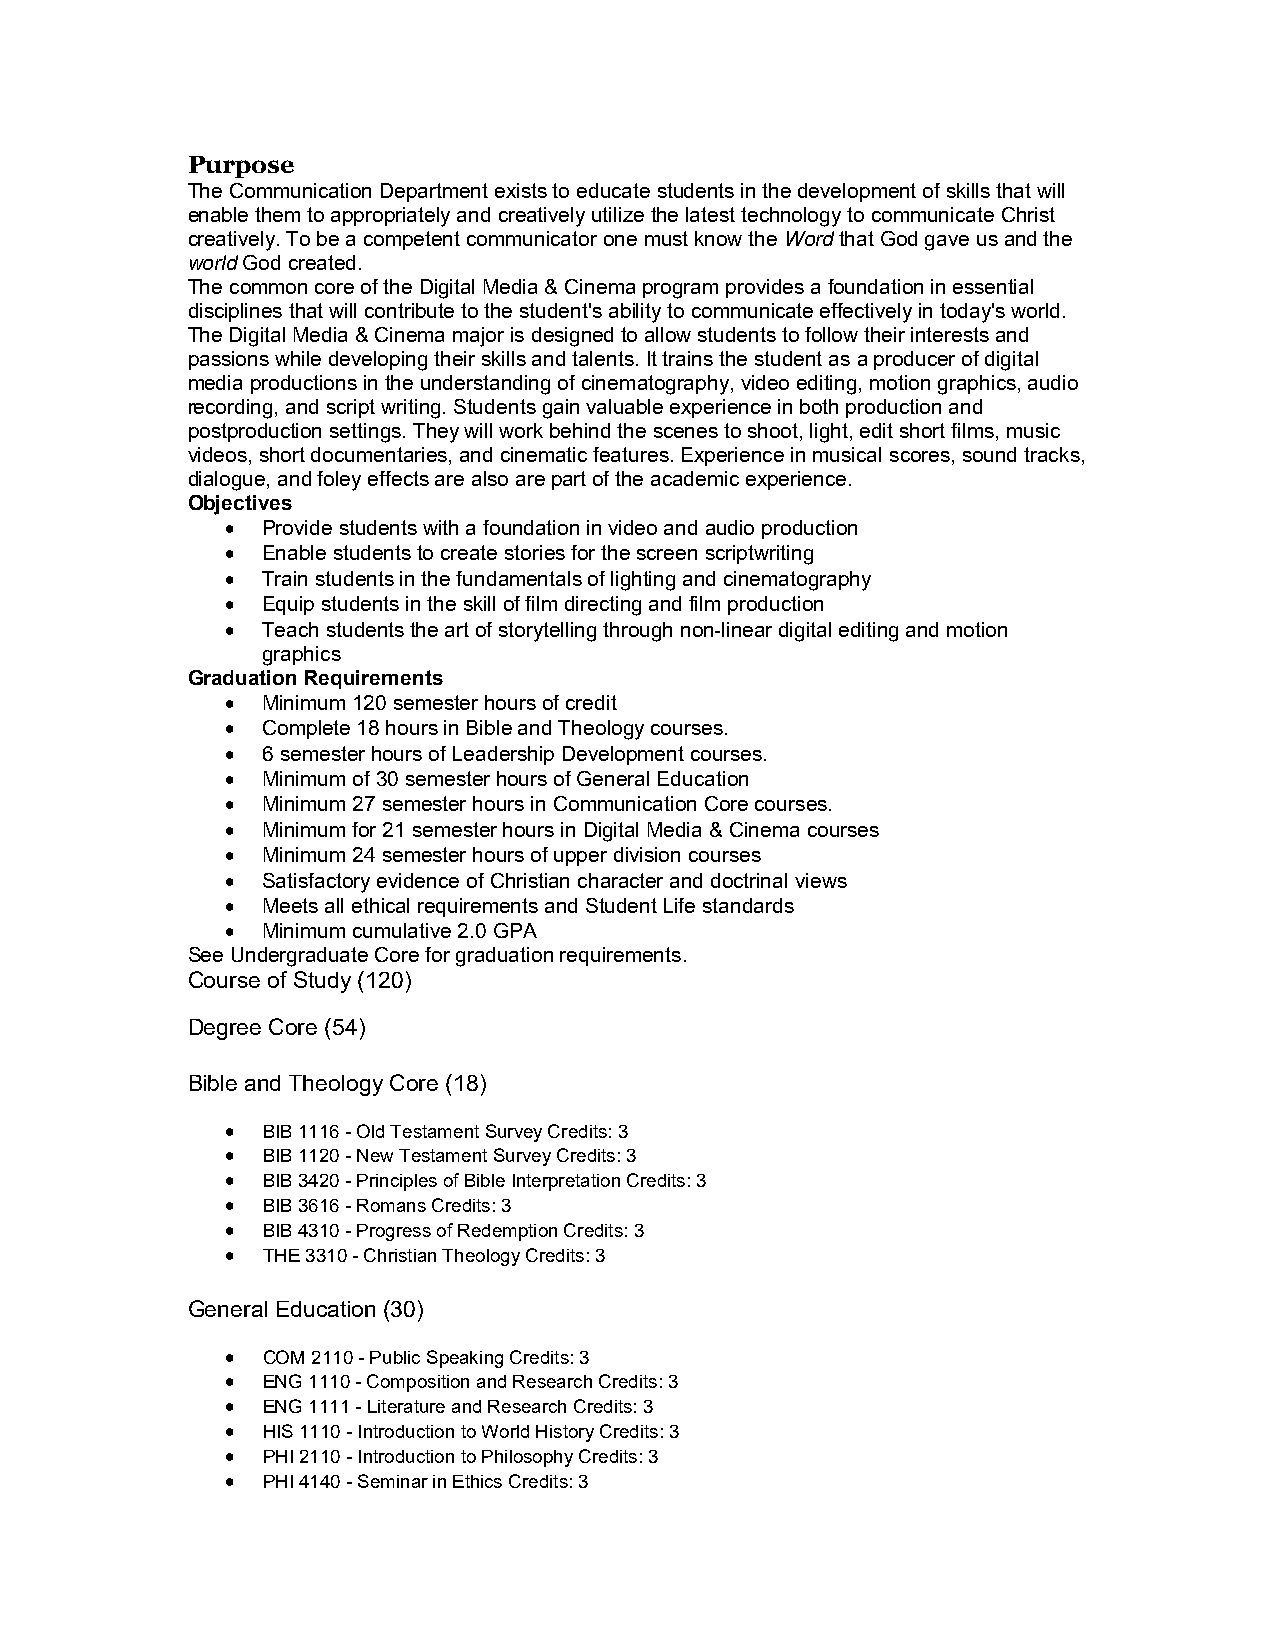
Purpose
 The Communication Department exists to educate students in the development of skills that will
 enable them to appropriately and creatively utilize the latest technology to communicate Christ
 creatively. To be a competent communicator one must know the Word that God gave us and the
 world God created.
 The common core of the Digital Media & Cinema program provides a foundation in essential
 disciplines that will contribute to the student's ability to communicate effectively in today's world.
 The Digital Media & Cinema major is designed to allow students to follow their interests and
 passions while developing their skills and talents. It trains the student as a producer of digital
 media productions in the understanding of cinematography, video editing, motion graphics, audio
 recording, and script writing. Students gain valuable experience in both production and
 postproduction settings. They will work behind the scenes to shoot, light, edit short films, music
 videos, short documentaries, and cinematic features. Experience in musical scores, sound tracks,
 dialogue, and foley effects are also are part of the academic experience.
 Objectives
  Provide students with a foundation in video and audio production
  Enable students to create stories for the screen scriptwriting
  Train students in the fundamentals of lighting and cinematography
  Equip students in the skill of film directing and film production
  Teach students the art of storytelling through non-linear digital editing and motion
 graphics
 Graduation Requirements
  Minimum 120 semester hours of credit
  Complete 18 hours in Bible and Theology courses.
  6 semester hours of Leadership Development courses.
  Minimum of 30 semester hours of General Education
  Minimum 27 semester hours in Communication Core courses.
  Minimum for 21 semester hours in Digital Media & Cinema courses
  Minimum 24 semester hours of upper division courses
  Satisfactory evidence of Christian character and doctrinal views
  Meets all ethical requirements and Student Life standards
  Minimum cumulative 2.0 GPA
 See Undergraduate Core for graduation requirements.
 Course of Study (120)
 Degree Core (54)
 Bible and Theology Core (18)
  BIB 1116 - Old Testament Survey Credits: 3
  BIB 1120 - New Testament Survey Credits: 3
  BIB 3420 - Principles of Bible Interpretation Credits: 3
  BIB 3616 - Romans Credits: 3
  BIB 4310 - Progress of Redemption Credits: 3
  THE 3310 - Christian Theology Credits: 3
 General Education (30)
  COM 2110 - Public Speaking Credits: 3
  ENG 1110 - Composition and Research Credits: 3
  ENG 1111 - Literature and Research Credits: 3
  HIS 1110 - Introduction to World History Credits: 3
  PHI 2110 - Introduction to Philosophy Credits: 3
  PHI 4140 - Seminar in Ethics Credits: 3